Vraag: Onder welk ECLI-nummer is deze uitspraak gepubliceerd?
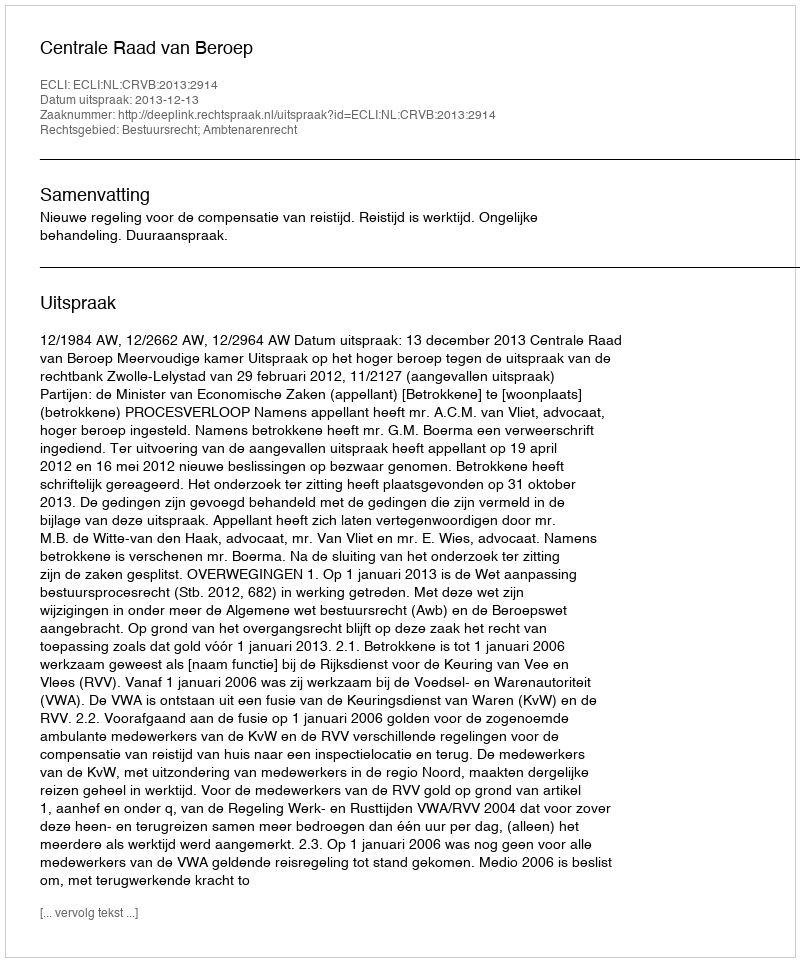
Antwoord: ECLI:NL:CRVB:2013:2914